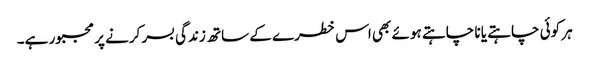
ہر کوئی چاہتے یا نا چاہتے ہوئے بھی اس خطرے کے ساتھ زندگی بسر کرنے پر مجبور ہے۔